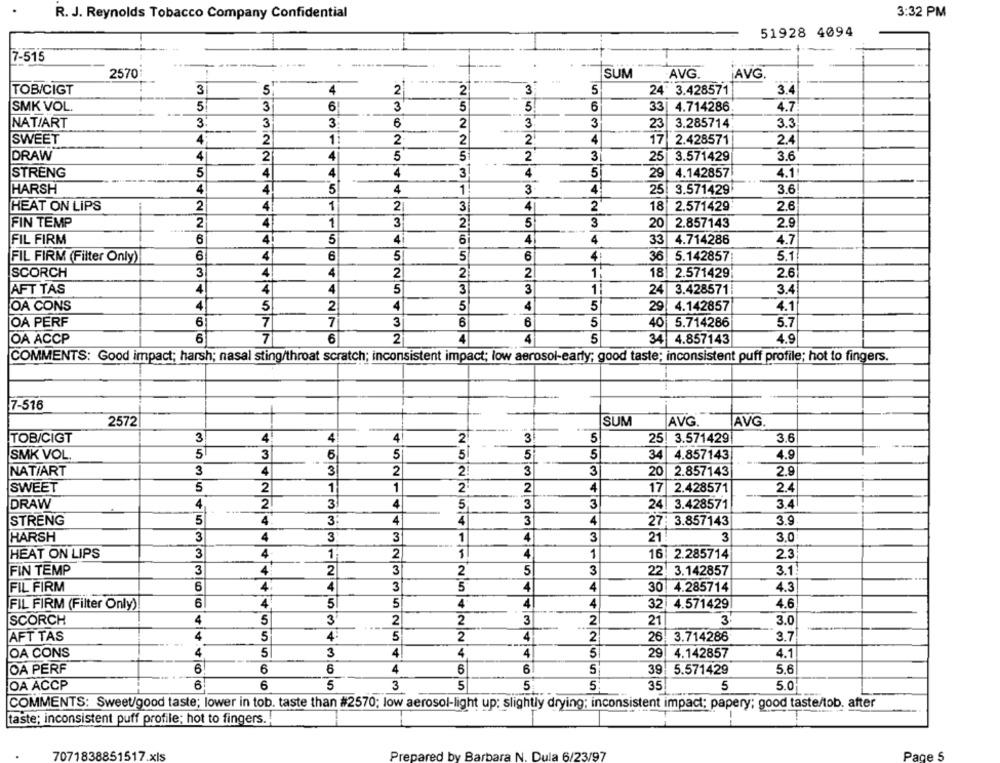
R. J. Reynolds Tobacco Company Confidential
3:32 PM
51928 4094
7-515
---
2570
SUM
AVG.
AVG
TOB/CIGT
31
5
4
2
2
3
5
24 3.428571
3.4
SMK VOL.
5
3
6
3
5
5
6
33
4.714286
4.7.
3.
3
2
3
3
3.285714
3.3
NAT/ART
3
6
23
SWEET
4
2
2
2
2
4
17
2.428571
2.4
DRAW
4
2
4
5
51
2
3
25
3.571429
3.6
STRENG
5
4
4
4
3
4
5
29
4.142857
4.11
HARSH
4
4
5
4
1
3
4
25
3.571429
3.6
2
4
1
2
3
4
2
18
2.571429
2.6
HEAT ON LIPS
2
4
3
FIN TEMP
1
2
5
3
20
2.857143
2.9
FIL FIRM
6
4
5
4
6
4
4
33
4.714286
4.7
FIL FIRM (Filter Only)
6
4
6
5
5
6
4
36
5.142857:
5.1
SCORCH
3
4
4
2
2
1
18| 2.571429
2.6
AFT TAS
4
4
4
5
3
3
1
24
3.428571:
3.4
4
5
4
5
4
OA CONS
2
5
29
4.142857
4.1
3
OA PERF
6
7
7
6
5
40
5.714286
5.7
OA ACCP
6
7
6
2
4
4
5
34 4.857143
4.9
COMMENTS: Good impact; harsh; nasal sting/throat scratch; inconsistent impact; low aerosol-early; good taste; inconsistent puff profile; hot to fingers.
7-516
2572
SUM
AVG
AVG
37
TOB/CIGT
3
4
4!
2
5
25! 3.571429
3.6
SMK VOL
5
3
6
5
5
5
5
34
4.857143
4.9
NAT/ART
3
4
3
2
2
3
3
20
2.857143
2.9
SWEET
5
2
1
1
2
2
4
17 2.428571
2.4
4
2
3
4
3
3
3.4
DRAW
5
24| 3.428571
5
3.
4
3
3.9
STRENG
4
4
4
27: 3.857143
HARSH
3
4
3
3
1
4
3
21!
3
3.0
HEAT ON LIPS
3
4
1
2
1
4
1
16
2.285714
2.3
FIN TEMP
3
4
2
3
2
5
3
22
3.142857
3.1!
FIL FIRM
6
4
4
3
5
4
4
30 4.285714
4.3
6
4
5
5
4
4
4.6
FIL FIRM (Filter Only)
32 4.571429
SCORCH
4
5
3
2
2
3
2
21
3
3.0
AFT TAS
4
5
4:
5
2
4
2
26
3.714286
3.7
OA CONS
4
5
3
4
4
4
5
29
4.142857
4.1
OA PERF
6
6
6
4
6
6
5
39
5.571429
5,6
OA ACCP
6
6
5
3
5
5
5
35
5
5.0
COMMENTS: Sweet/good taste; lower in tob. taste than #2570; low aerosol-light up: slightly drying; inconsistent impact; papery; good taste/tob. after
taste; inconsistent puff profile; hot to fingers.
7071838851517.xls
Prepared by Barbara N. Dula 6/23/97
Page !